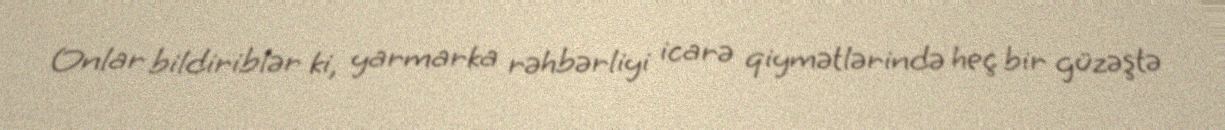
Onlar bildiriblər ki, yarmarka rəhbərliyi icarə qiymətlərində heç bir güzəştə